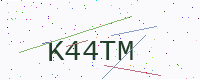
Text: K44TM